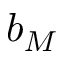
b _ { M }